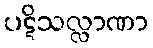
ပဋိသလ္လာဏာ